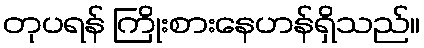
တုပရန် ကြိုးစားနေဟန်ရှိသည်။